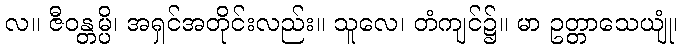
လ။ ဇီဝန္တမ္ပိ၊ အရှင်အတိုင်းလည်း။ သူလေ၊ တံကျင်၌။ မာ ဥတ္တာသေယျုံ၊